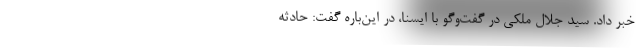
خبر داد. سید جلال ملکی در گفت‌وگو با ایسنا، در این‌باره گفت:‌ حادثه